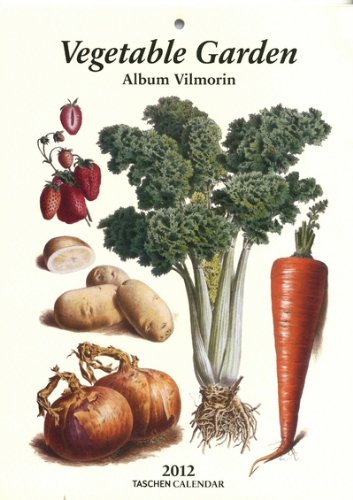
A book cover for Vegetable Garden - 2012 (Taschen Weekly Tear-off Calendars); Calendars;